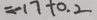
= - 1 7 + 0 . 2